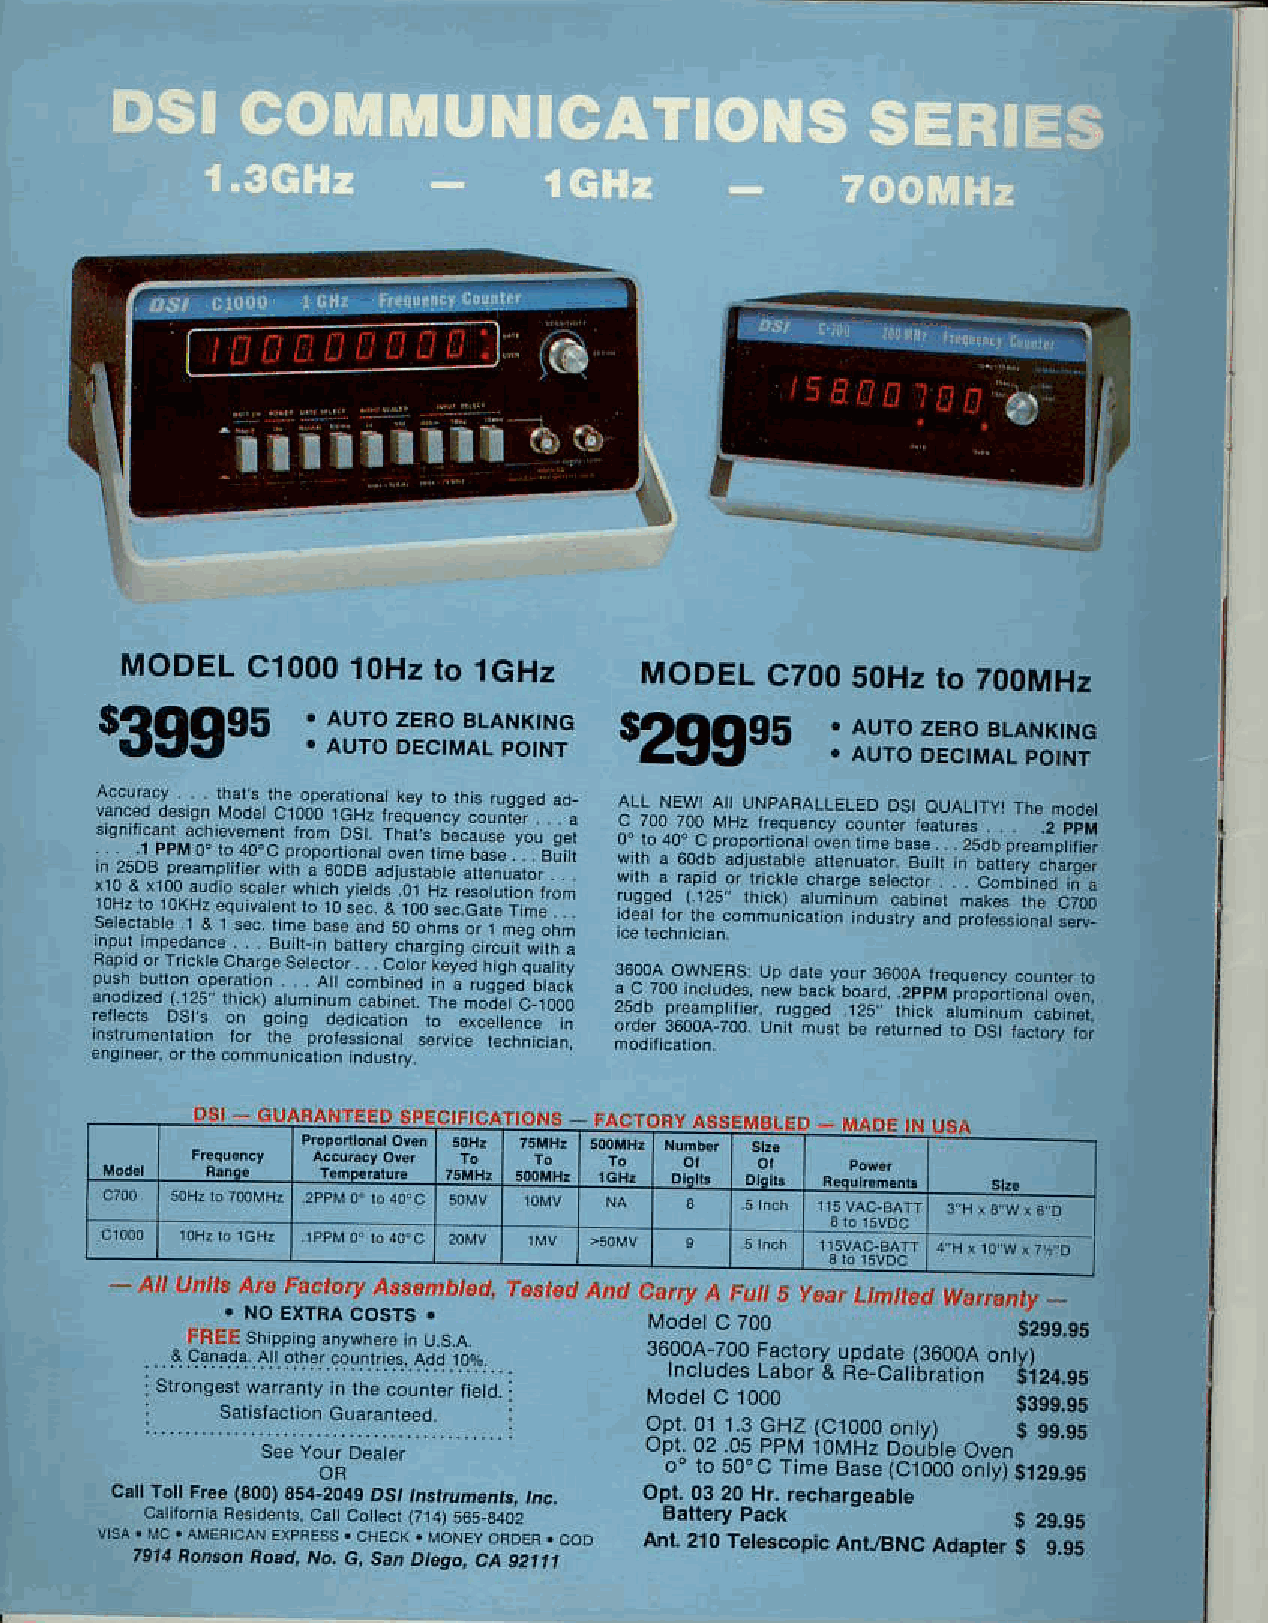
MODELC    10001  0Hzl o lcHz       MODELC    TOO50Hz  to 700MHz
 $399e5                            qzgge5
 t AUTOZ EROB LANKING
 1PFdtr, o. F4dor04  0.u1   st I
 nuo B!  I bd@ry d;h4
 i;€e lbool co4bisd i; a
 i b! o. h!renq ! rc! r;ft a
 ?b4q rh n;! . mn        '* *
 Jlil l:Hi
 .nttu rits lt. t:.ctatf,Mren)a|ott.I .rt.d i\nn t.ny A Fut!5 f.at Lijrned W.naDty
 Modec 700
 szss_gs
 160047 00F a.roryu pdare1 3600a
 n. udesL abord Fe carbraton
 opr or 1.3G Hzt cloooo nv l
 opl.020 5P PMr0 MHDz oJbe
 o"r o5 0"cr me Brselcl0m
 c  ron Froe(3 003) 54.204Des r
 ! 29.95
 tur.210 Tet€scopicA ntr,BNcA d,pr.r s Lss